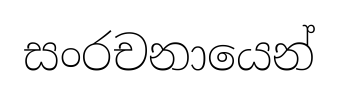
සංරචනායෙන්